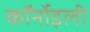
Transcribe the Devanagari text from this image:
कॉर्नोइली